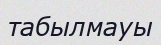
табылмауы